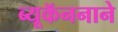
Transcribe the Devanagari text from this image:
ब्यूकॅननाने